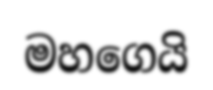
මහගෙයි